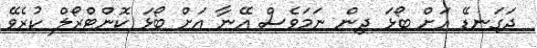
ދަގަނޑޭ އަށް ބޯޅަ ދިން ނަމަވެސް އޭނާ އަށް ބޯޅަ ކޮންޓްރޯލް ކުރެވޭ